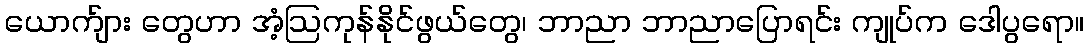
ယောက်ျား တွေဟာ အံ့ဩကုန်နိုင်ဖွယ်တွေ၊ ဘာညာ ဘာညာပြောရင်း ကျုပ်က ဒေါပွရော။